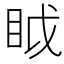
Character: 眓